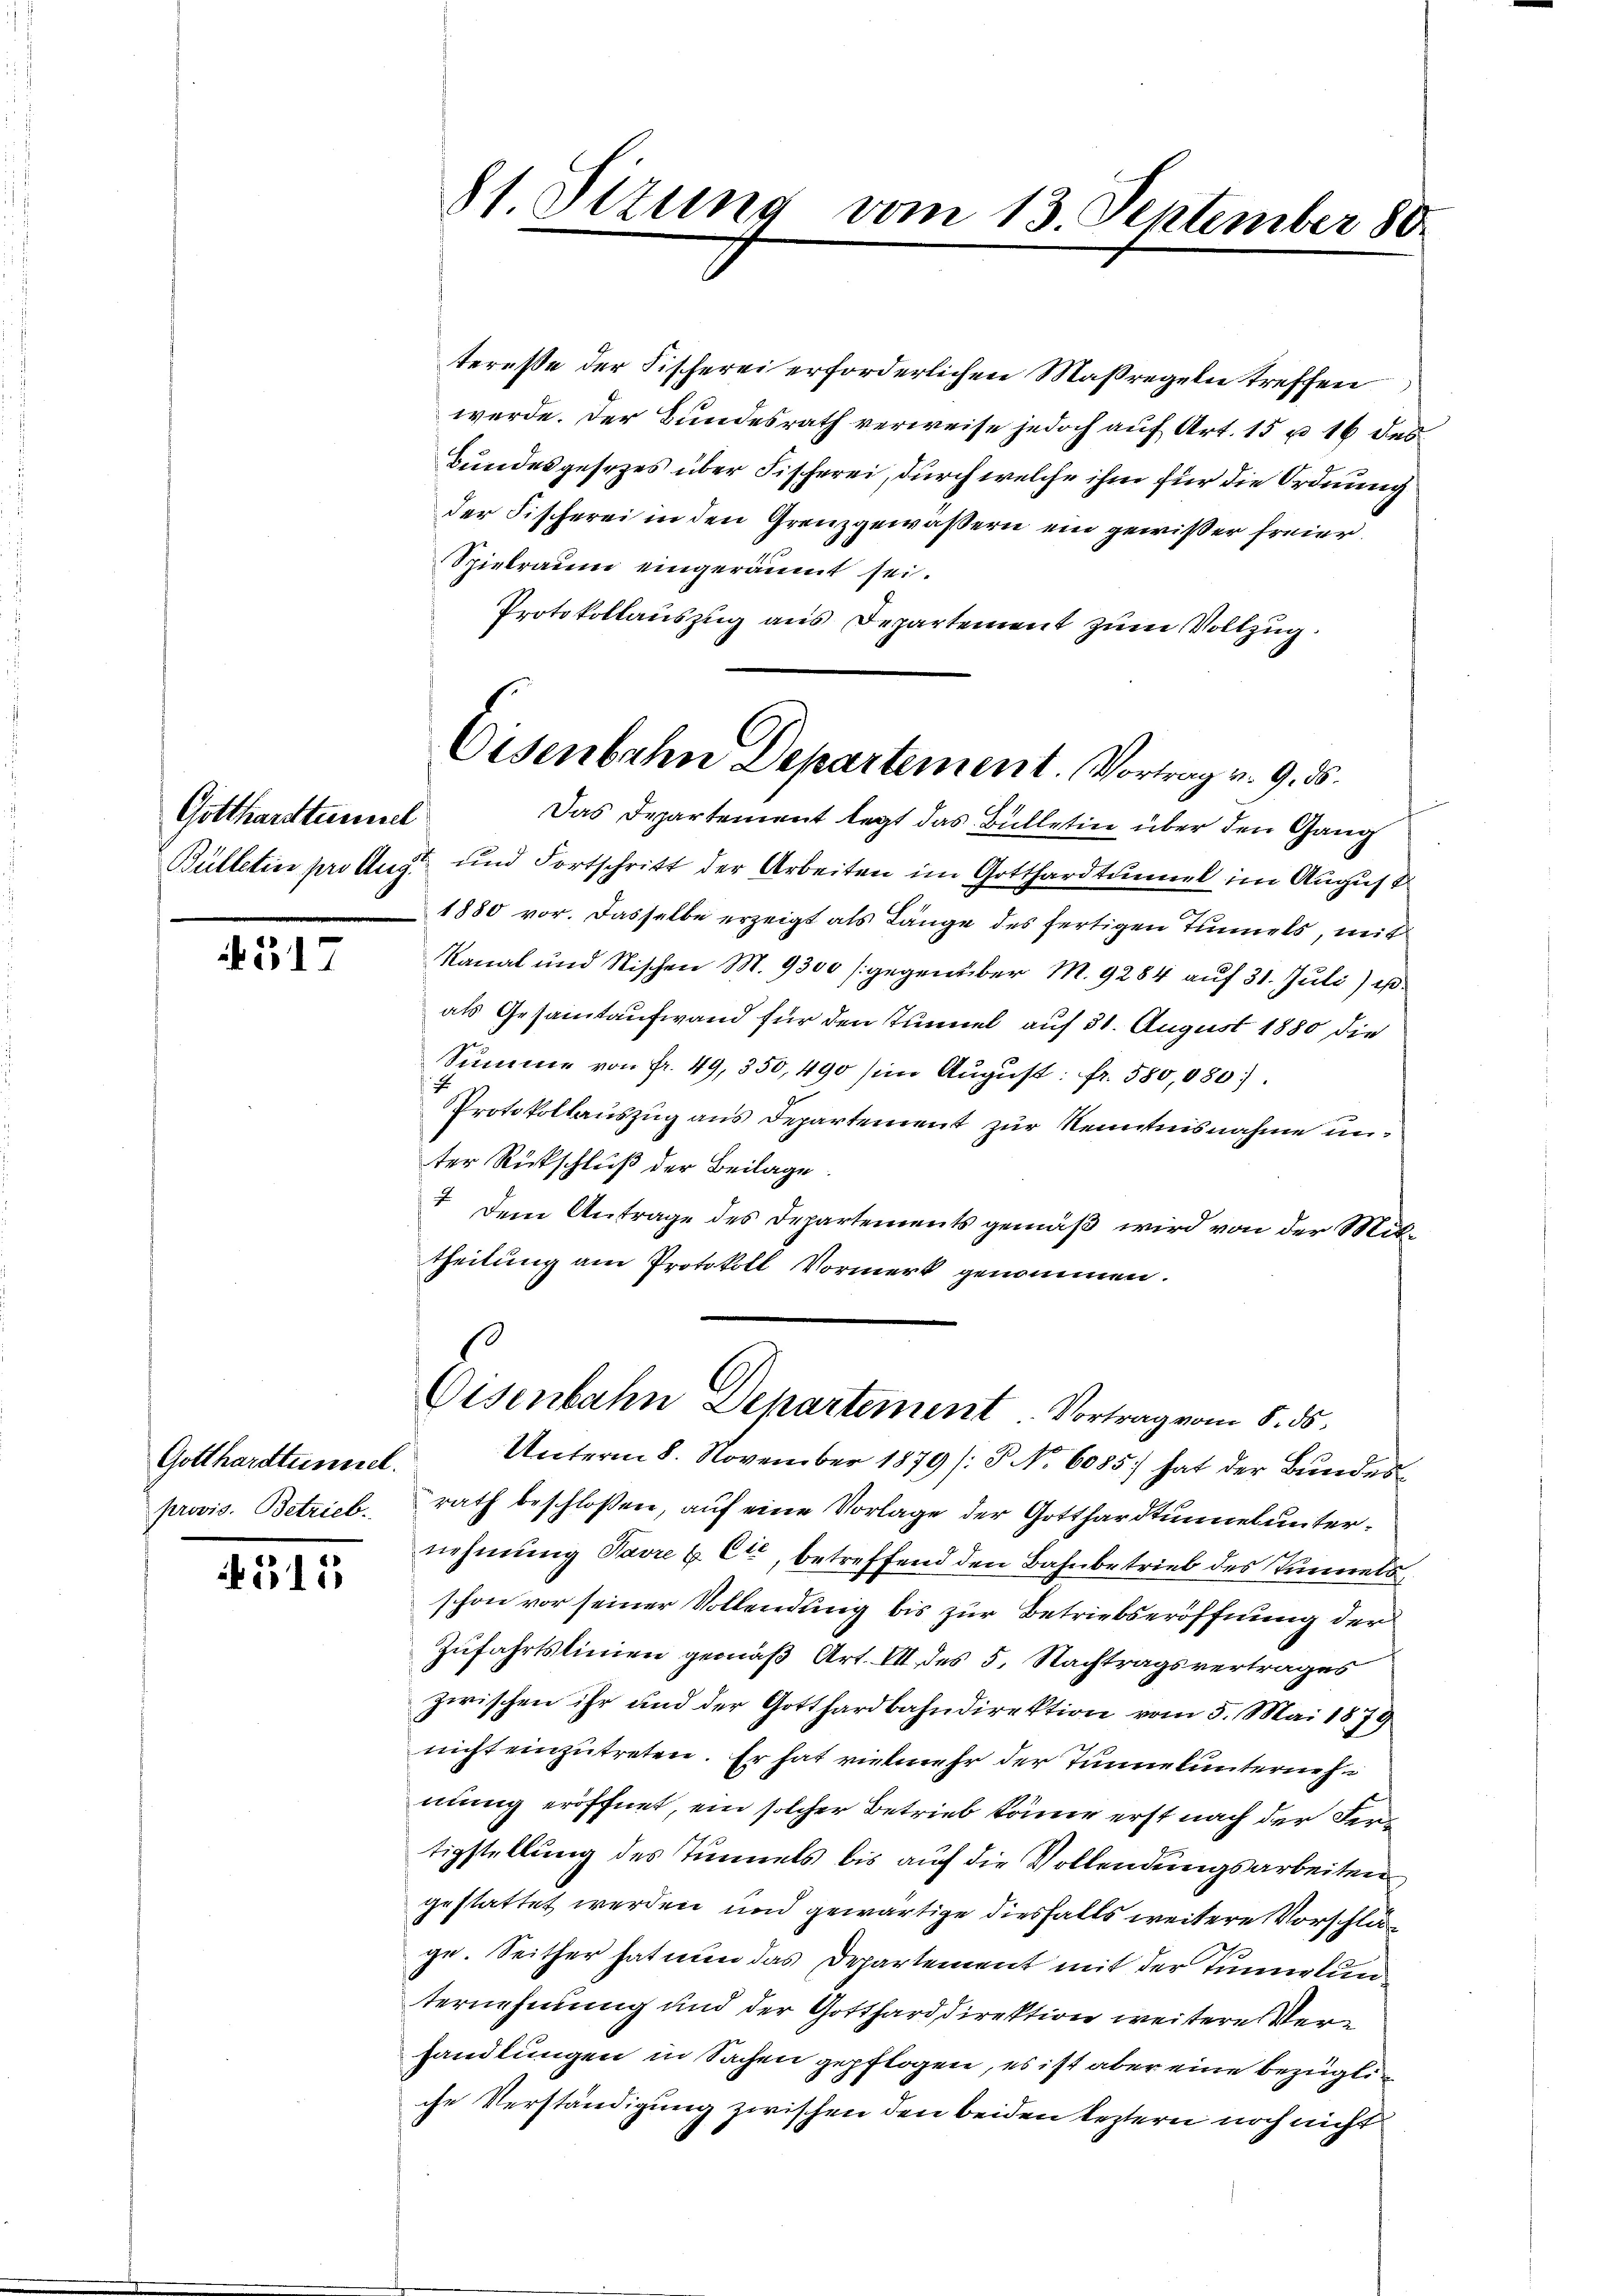
Gotthardtunnel
Bülletier pro Aug.

4517

Gotthardtunnel.
provis. Betrieb.

4511

81 Sizung vom 13. September 80.

teresse der Fischerei erforderlichen Maßregeln treffen
werde. Der Bundesrath verweise jedoch auf Art. 15 u. 16 des¬
Bundesgesezes über Fischerei, durch welche ihm für die Ordnung
der Fischerei in den Grenzgewäßern ein gewißer freier.
Spielraum eingeräumt sei.
Protokollauszug aus Departement zum Vollzug.

Eisenbahn Departement. Vortrag v. 9. ds.

Das Departement legt das Bülletin über den Gang
und Fortschritt der Arbeiten im Gotthardtunnel im August
1880 vor. Dasselbe erzeigt als Länge des fertigen Tunnels, mit
Kanal und Nischen M. 9300 [gegenüber M. 9284 auf 31. Juli) u.
als Gesammtaufwand für den Tunnel auf 31. August 1880 die
Summe von fr. 49, 350, 490 (in August: fr. 580,080).
Protokollauszug aus Departement zur Kenntnisnahme unter Rückschluß der Beilage
I. Dem Antrage des Departements gemäß wird von der Mittheilung am Protokoll Vormerk genommen.
Unterm 8. November 1879 /P No 6085) hat der Bundes
rath beschloßen, auf eine Vorlage der Gotthardtunnel unternehmung Favre & Cie, betreffend den Bahnbetrieb des Tunnels,
schon vor seiner Vollendung bis zur Betriebseröffnung der
Zufahrtslinien gemäß Art. VII des 5. Nachtragsvertrages
zwischen ihr und der Gotthardbahndirektion vom 5. Mai 1879
nicht einzutreten. Er hat vielmehr der Tunnelunternehmung eröffnet, ein solcher Betrieb könne erst nach der Vertigstellung des Tunnels bis auf die Vollendungsarbeiten
gestattet werden und gewärtige diesfalls weitere Vorschlus
ge. Seither hat nun das Departement mit der Tunnelun
ternehmung und der Gotthard direktion weitere Verhandlungen in Sachen gepflogen, es ist aber eine bezügliche Verständigung zwischen den beiden leztern noch nicht

Eisenbahn Departement Vortrag vom 5. ds.